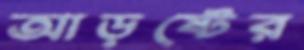
আড়ষ্টের